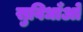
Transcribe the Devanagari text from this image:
सुविधाँओ